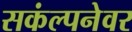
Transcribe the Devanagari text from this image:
सकंल्पनेवर